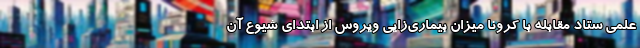
علمی ستاد مقابله با کرونا میزان بیماری‌زایی ویروس از ابتدای شیوع آن